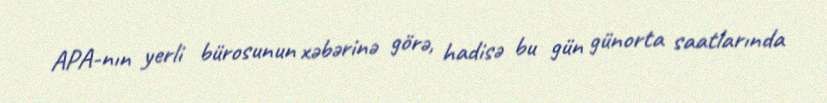
APA-nın yerli bürosunun xəbərinə görə, hadisə bu gün günorta saatlarında